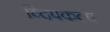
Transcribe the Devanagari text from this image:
व्दिपकल्प